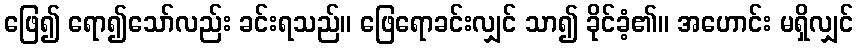
ဖြေ၍ ရော၍သော်လည်း ခင်းရသည်။ ဖြေရောခင်းလျှင် သာ၍ ခိုင်ခံ့၏။ အဟောင်း မရှိလျှင်